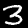
Digit: 3